Report on the working of the Ranchi Indian Mental Hospital, Kanke, in Bihar and Orissa - 1930-1940
Year: 1930
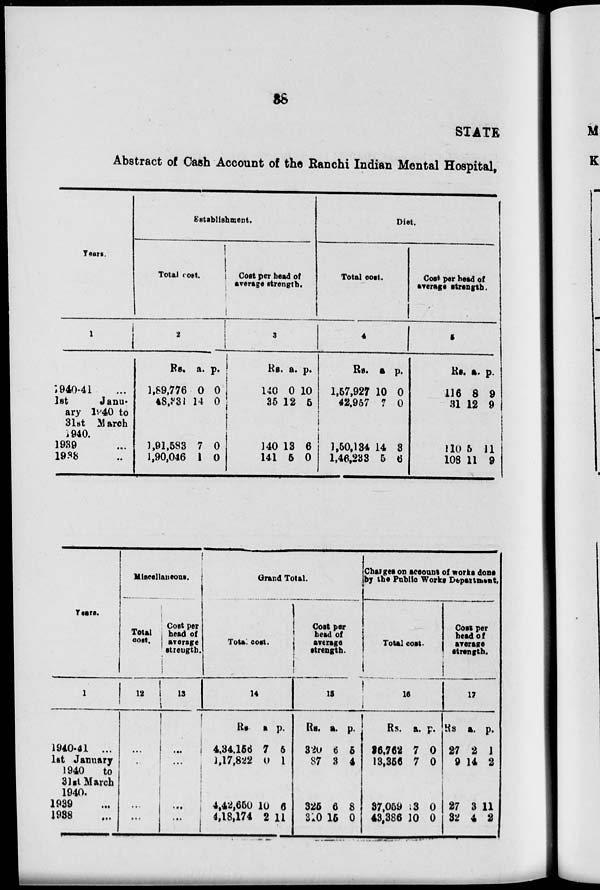
38
STATE
Abstract of Cash Account of the Ranchi Indian Mental Hospital,
Years.
1
1940-41 ...
1st
Janu-
ary 1940 to
31st March
1940.
1939 ...
1938 ...
Establishment.
Total cost.
2
Rs.
1,89,776
48,331
1,91,583
1,90,046
a.
0
14
7
1
p.
0
0
0
0
Cost per head of
average strength.
3
Rs.
140
35
140
141
a.
0
12
13
5
p.
10
5
6
0
Diet.
Total cost.
4
Rs.
1,57,927
42,957
1,50,134
1,46,233
a.
10
7
14
5
p.
0
0
3
6
Cost per head of
average strength.
5
Rs.
116
31
110
108
a.
8
12
5
11
p.
9
9
11
9
Years.
1
1940-41 ...
1st January
1940
to
31st March
1940.
1939 ...
1938 ...
Miscellaneous.
Total
cost.
12
...
...
...
...
Cost per
head of
average
strength.
13
...
...
...
...
Grand Total.
Total cost.
14
Rs.
4,34,156
1,17,822
4,42,650
4,18,174
a.
7
0
10
2
p.
5
1
6
11
Cost per
head of
average
strength.
15
Rs.
320
87
325
310
a.
6
3
6
15
p.
5
4
8
0
Charges on account of works done
by the Public Works Department.
Total cost.
16
Rs.
36,762
13,356
37,059
43,386
a.
7
7
13
10
p.
0
0
0
0
Cost per
head of
average
strength.
17
Rs.
27
9
27
32
a.
2
14
3
4
p.
1
2
11
2